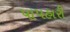
પાપહારી